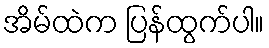
အိမ်ထဲက ပြန်ထွက်ပါ။